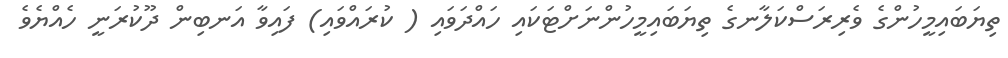
ތިޔަބައިމީހުންގެ ވެރިރަސްކަލާނގެ ތިޔަބައިމީހުންނަށްޓަކައި ހައްދަވައި ( ކުރައްވައި) ފައިވާ އަނބިން ދޫކުރަނީ ހެއްޔެވެ